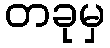
တခုမှ